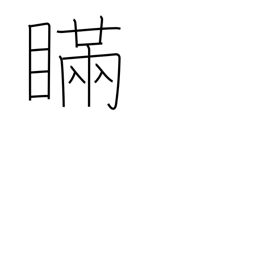
Meaning: deception